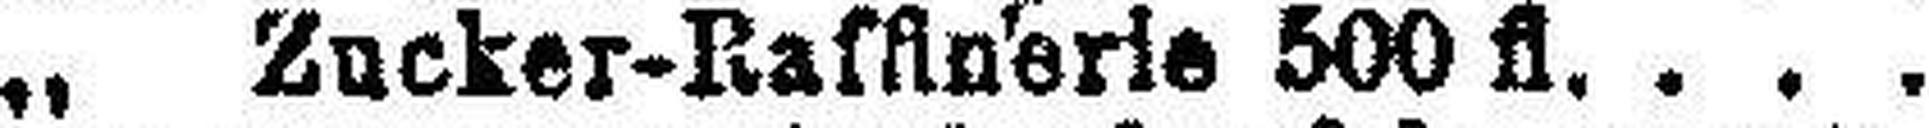
„ Zucker-Raffinerie 500 fl.